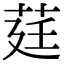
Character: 莛